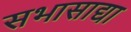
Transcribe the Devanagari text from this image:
सभासाद्या